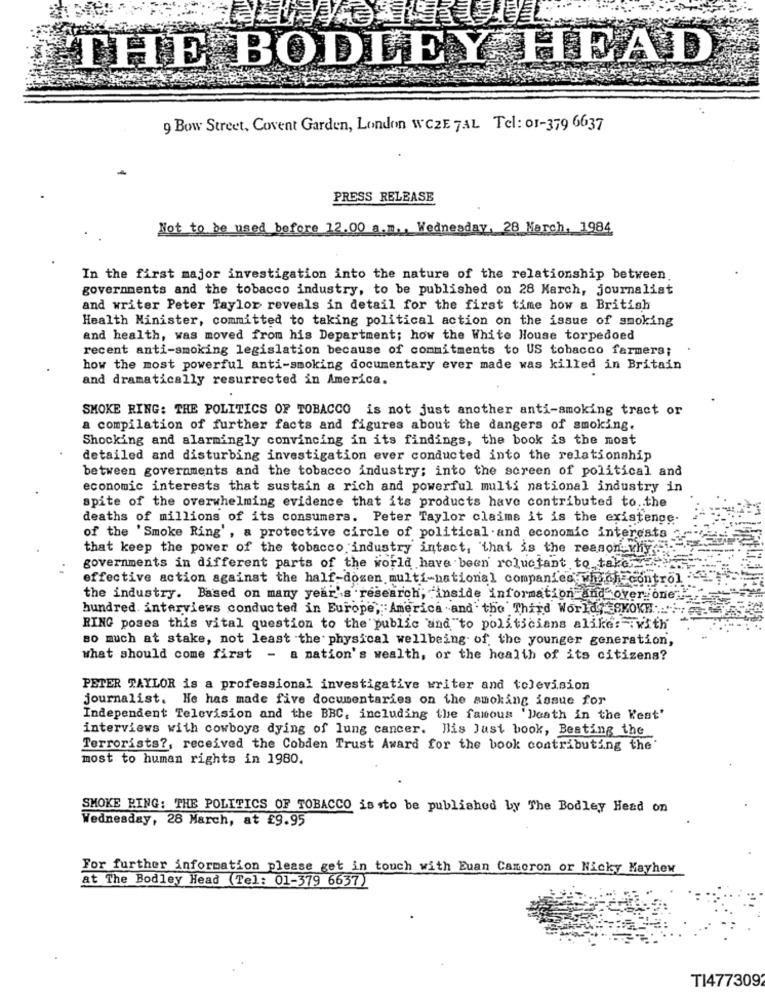
ETHE BODLEY HEAD
9 Bow Street, Covent Garden, London WCZE 7AL Tel: 01-379 6637
PRESS RELEASE
Not to be used before 12.00 a.m ., Wednesday, 28 March, 1984
In the first major investigation into the nature of the relationship between
governments and the tobacco industry, to be published on 28 March, journalist
and writer Peter Taylor reveals in detail for the first time how a British
Health Minister, committed to taking political action on the issue of smoking
and health, was moved from his Department; how the White House torpedoed
recent anti-smoking legislation because of commitments to US tobacco farmers;
how the most powerful anti-smoking documentary ever made was killed in Britain
and dramatically resurrected in America.
SMOKE RING: THE POLITICS OF TOBACCO is not just another anti-smoking tract or
a compilation of further facts and figures about the dangers of smoking.
Shocking and alarmingly convincing in its findings, the book is the most
detailed and disturbing investigation ever conducted into the relationship
between governments and the tobacco industry; into the screen of political and
economic interests that sustain a rich and powerful multi national industry in
spite of the overwhelming evidence that its products have contributed to .. the
deaths of millions of its consumers. Peter Taylor claims it is the existence.
of the 'Smoke Ring', a protective circle of political and economic interests
that keep the power of the tobacco industry intact, that is the reason why
governments in different parts of the world have been reluctant to take
effective action against the half-dozen multi-national companies which control
the industry. Based on many year's research; inside information and over one !"
hundred interviews conducted in Europe, America and the Third World, SKOKE ::
RING poses this vital question to the public and "to politicians alike: : with
so much at stake, not least the physical wellbeing of the younger generation,
what should come first - a nation's wealth, or the health of its citizens?
PETER TAYLOR is a professional investigative writer and tolevision
journalist. He has made five documentaries on the smoking issue for
Independent Television and the BBC, including the famous 'Death in the Kest'
interviews with cowboys dying of lung cancer. His Just book, Beating the
Terrorists ?, received the Cobden Trust Award for the book contributing the'
most to human rights in 1980.
SMOKE PING: THE POLITICS OF TOBACCO is .to be published by The Bodley Head on
Wednesday, 28 March, at £9.95
For further information please get in touch with Euan Cameron or Nicky Mayhew
at The Bodley Head (Tel: 01-379 6637)
T14773092